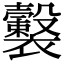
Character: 𧞺